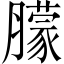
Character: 䑃